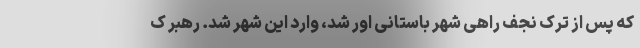
که پس از ترک نجف راهی شهر باستانی اور شد، وارد این شهر شد. رهبر ک